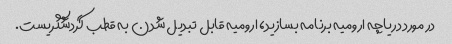
در مورد دریاچه ارومیه برنامه بسازید، ارومیه قابل تبدیل شدن به قطب گردشگریست.